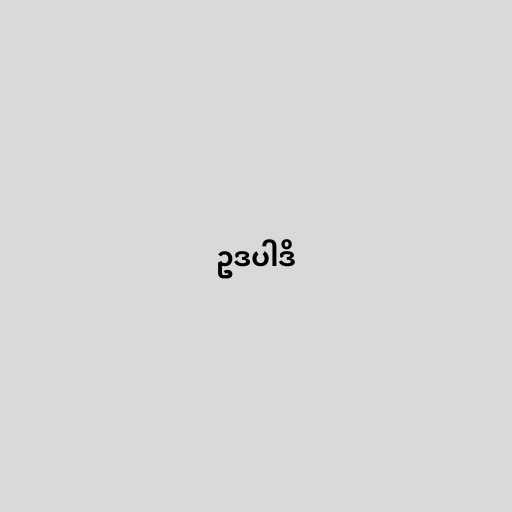
ဥဒပါဒိ